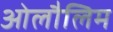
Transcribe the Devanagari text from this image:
ओलौलिम